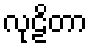
လုဠိတာ